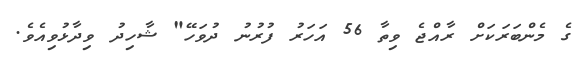
ގެ މެންބަރަކަށް ރާއްޖެ ވިތާ 56 އަހަރު ފުރުނު ދުވަހޭ" ޝާހިދު ވިދާޅުވިއެވެ.